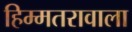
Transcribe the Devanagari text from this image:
हिम्मतरावाला